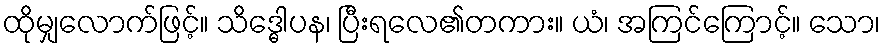
ထိုမျှလောက်ဖြင့်။ သိဒ္ဓေါပန၊ ပြီးရလေ၏တကား။ ယံ၊ အကြင်ကြောင့်။ သော၊